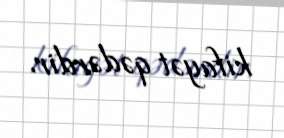
kifayət qədərdir.